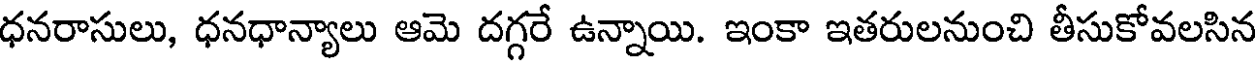
ధనరాసులు, ధనధాన్యాలు ఆమె దగ్గరే ఉన్నాయి. ఇంకా ఇతరులనుంచి తీసుకోవలసిన